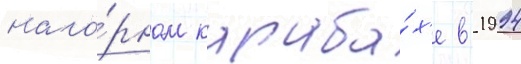
наго́рном караба́х'е в 1994